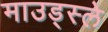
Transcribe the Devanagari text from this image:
माउड्स्ले